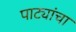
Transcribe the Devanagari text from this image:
पाट्यांचा